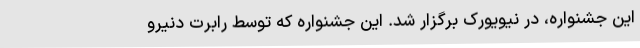
این جشنواره، در نیویورک برگزار شد. این جشنواره که توسط رابرت دنیرو